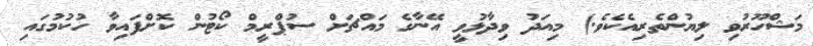
މަޝްހޫރުވި ލިޔުންތެރިއެކެވެ.) މިއަދު ވިދާޅުވީ އޭނާގެ މައްޗަށް ސުޕްރީމް ކޯޓުން ކޮށްފައިވާ ހުކުމުގައި